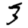
Digit: 3